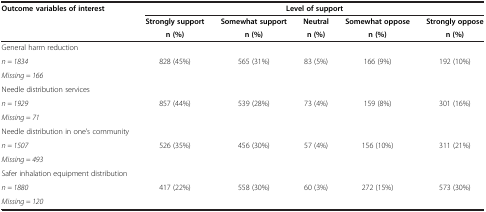
<table><thead><tr><td rowspan="3"><b>Outcome variables of interest</b></td><td colspan="5"><b>Level of support</b></td></tr><tr><td><b>Strongly support</b></td><td><b>Somewhat support</b></td><td><b>Neutral</b></td><td><b>Somewhat oppose</b></td><td><b>Strongly oppose</b></td></tr><tr><td><b>n (%)</b></td><td><b>n (%)</b></td><td><b>n (%)</b></td><td><b>n (%)</b></td><td><b>n (%)</b></td></tr></thead><tbody><tr><td>General harm reduction</td><td rowspan="3">828 (45%)</td><td rowspan="3">565 (31%)</td><td rowspan="3">83 (5%)</td><td rowspan="3">166 (9%)</td><td rowspan="3">192 (10%)</td></tr><tr><td><i>n = 1834</i></td></tr><tr><td><i>Missing = 166</i></td></tr><tr><td>Needle distribution services</td><td rowspan="3">857 (44%)</td><td rowspan="3">539 (28%)</td><td rowspan="3">73 (4%)</td><td rowspan="3">159 (8%)</td><td rowspan="3">301 (16%)</td></tr><tr><td><i>n = 1929</i></td></tr><tr><td><i>Missing = 71</i></td></tr><tr><td>Needle distribution in one’s community</td><td rowspan="3">526 (35%)</td><td rowspan="3">456 (30%)</td><td rowspan="3">57 (4%)</td><td rowspan="3">156 (10%)</td><td rowspan="3">311 (21%)</td></tr><tr><td><i>n = 1507</i></td></tr><tr><td><i>Missing = 493</i></td></tr><tr><td>Safer inhalation equipment distribution</td><td rowspan="3">417 (22%)</td><td rowspan="3">558 (30%)</td><td rowspan="3">60 (3%)</td><td rowspan="3">272 (15%)</td><td rowspan="3">573 (30%)</td></tr><tr><td><i>n = 1880</i></td></tr><tr><td><i>Missing = 120</i></td></tr></tbody></table>